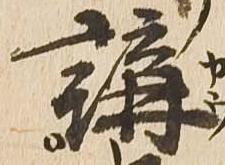
講